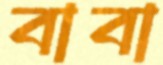
বাবা